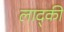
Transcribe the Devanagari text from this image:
लाद्की